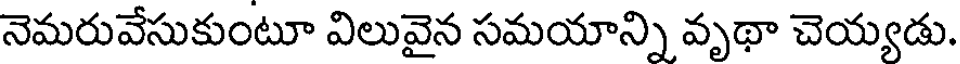
నెమరువేసుకుంటూ విలువైన సమయాన్ని వృథా చెయ్యడు.